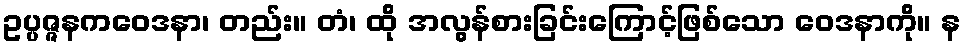
ဥပ္ပဇ္ဇနကဝေဒနာ၊ တည်း။ တံ၊ ထို အလွန်စားခြင်းကြောင့်ဖြစ်သော ဝေဒနာကို။ န